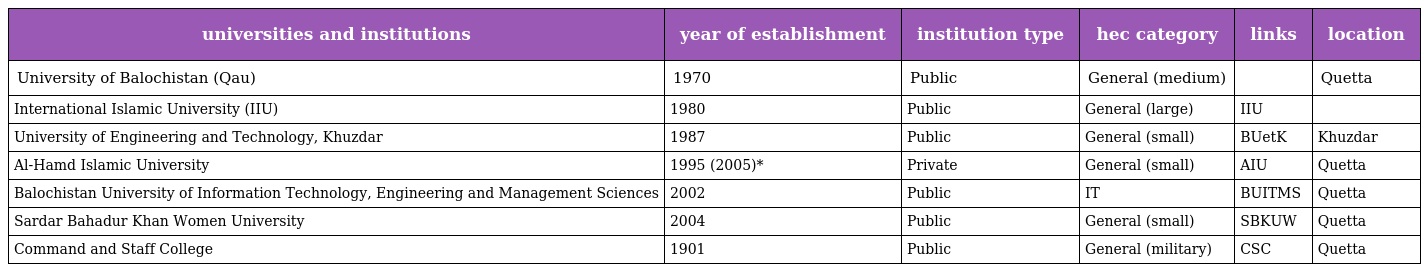
| universities and institutions | year of establishment | institution type | hec category | links | location |
 | --- | --- | --- | --- | --- | --- |
 | University of Balochistan (Qau) | 1970 | Public | General (medium) |  | Quetta |
 | International Islamic University (IIU) | 1980 | Public | General (large) | IIU |  |
 | University of Engineering and Technology, Khuzdar | 1987 | Public | General (small) | BUetK | Khuzdar |
 | Al-Hamd Islamic University | 1995 (2005)* | Private | General (small) | AIU | Quetta |
 | Balochistan University of Information Technology, Engineering and Management Sciences | 2002 | Public | IT | BUITMS | Quetta |
 | Sardar Bahadur Khan Women University | 2004 | Public | General (small) | SBKUW | Quetta |
 | Command and Staff College | 1901 | Public | General (military) | CSC | Quetta |